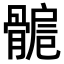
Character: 𩩾